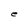
Character: e